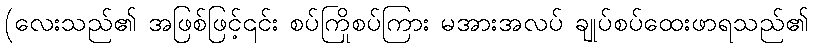
(လေးသည်၏ အဖြစ်ဖြင့်၎င်း စပ်ကြိုစပ်ကြား မအားအလပ် ချုပ်စပ်ထေးဖာရသည်၏